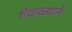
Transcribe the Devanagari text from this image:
शेवाळ्याने